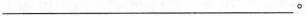
___。